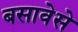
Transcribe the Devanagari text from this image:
बसावेसे